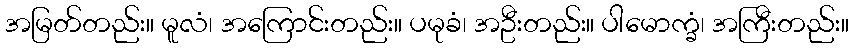
အမြတ်တည်း။ မူလံ၊ အကြောင်းတည်း။ ပမုခံ၊ အဦးတည်း။ ပါမောက္ခံ၊ အကြီးတည်း။